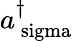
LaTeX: a_{\mathrm{\ sigma}}^{\dagger}